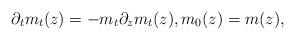
LaTeX: \begin{align*} \partial_tm_t(z)=-m_t\partial_zm_t(z), m_0(z)=m(z),\end{align*}